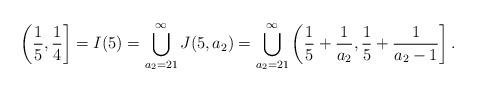
LaTeX: \begin{align*} \left( \frac{1}{5} , \frac{1}{4} \right] = I(5) = \bigcup_{a_2 = 21}^{\infty} J(5,a_2) = \bigcup_{a_2 = 21}^{\infty} \left( \frac{1}{5} + \frac{1}{a_2}, \frac{1}{5} + \frac{1}{a_2-1} \right]. \end{align*}